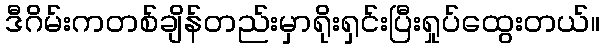
ဒီဂိမ်းကတစ်ချိန်တည်းမှာရိုးရှင်းပြီးရှုပ်ထွေးတယ်။